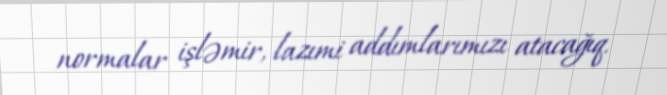
normalar işləmir, lazımi addımlarımızı atacağıq.